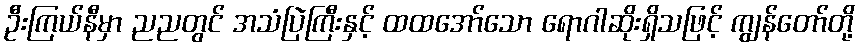
ဦးကြယ်နီမှာ ညညတွင် အသံပြဲကြီးနှင့် ထထအော်သော ရောဂါဆိုးရှိသဖြင့် ကျွန်တော်တို့